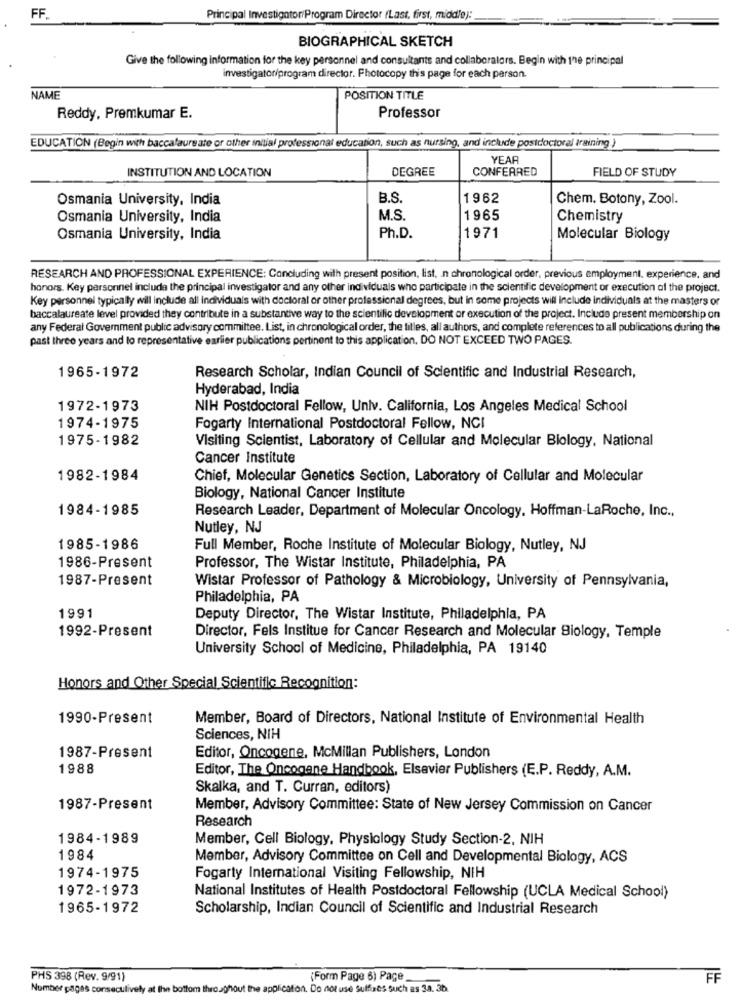
FF.
Principal Investigator/Program Director (Last, first, middle):
BIOGRAPHICAL SKETCH
Give the following information for the key personnel and consultants and collaboralors. Begin with the principal
investigator/program director. Photocopy this page for each person.
NAME
POSITION TITLE
Reddy, Premkumar E.
Professor
EDUCATION (Begin with baccalaureate or other initial professional education, such as nursing, and include postdoctoral training )
YEAR
INSTITUTION AND LOCATION
DEGREE
CONFERRED
FIELD OF STUDY
Osmania University, India
B.S.
1962
Chem. Botony, Zool.
Osmania University, India
M.S
1965
Chemistry
Osmania University, India
Ph.D.
1971
Molecular Biology
RESEARCH AND PROFESSIONAL EXPERIENCE: Concluding with present position, list, n chronological order, previous employment. experience, and
honors. Key personnel include the principal investigator and any other individuals who participate in the scientific development or execution of the project.
Key personnel typically will include all individuals with doctoral or other professional degrees, but in some projects will include individuals at the masters or
baccalaureate level provided they contribute in a substantive way to the scientific development or execution of the project. Include present membership on
any Federal Government public advisory committee. List, in chronological order, the titles, all authors, and complete references to all publications during the
past three years and to representative earlier publications pertinent to this application, DO NOT EXCEED TWO PAGES.
1965-1972
Research Scholar, Indian Council of Scientific and Industrial Research,
Hyderabad, India
1972-1973
NIH Postdoctoral Fellow, Univ. California, Los Angeles Medical School
1974-1975
Fogarty International Postdoctoral Fellow, NCI
1975-1982
Visiting Scientist, Laboratory of Cellular and Molecular Biology, National
Cancer Institute
1982-1984
Chief, Molecular Genetics Section, Laboratory of Cellular and Molecular
Biology, National Cancer Institute
1984-1985
Research Leader, Department of Molecular Oncology. Hoffman-LaRoche, Inc .,
Nutley, NJ
1985-1986
Full Member, Roche Institute of Molecular Biology, Nutley, NJ
1986-Present
Professor, The Wistar Institute, Philadelphia, PA
1987-Present
Wistar Professor of Pathology & Microbiology, University of Pennsylvania,
Philadelphia, PA
1991
Deputy Director, The Wistar Institute, Philadelphia, PA
1992-Present
Director, Fels Institue for Cancer Research and Molecular Biology, Temple
University School of Medicine, Philadelphia, PA 19140
Honors and Other Special Scientific Recognition:
1990-Present
Member, Board of Directors, National Institute of Environmental Health
Sciences, NIH
1987-Present
Editor, Oncogene, McMillan Publishers, London
1988
Editor, The Oncogane Handbook, Elsavier Publishers (E.P. Reddy, A.M.
Skalka, and T. Curran, editors)
1987-Present
Member, Advisory Committee: State of New Jersey Commission on Cancer
Research
1984-1989
Member, Cell Biology, Physiology Study Section-2, NIH
1984
Member, Advisory Committee on Cell and Developmental Biology, ACS
1974-1975
Fogarty International Visiting Fellowship, NIH
1972-1973
National Institutes of Health Postdoctoral Fellowship (UCLA Medical School)
1965-1972
Scholarship, Indian Council of Scientific and Industrial Research
PHS 398 (Rev. 9/91)
(Form Page 6) Page
FF
Number pages consecutively at the bottom throughout the application. Do not use Sulfines Such as 3a. 3b